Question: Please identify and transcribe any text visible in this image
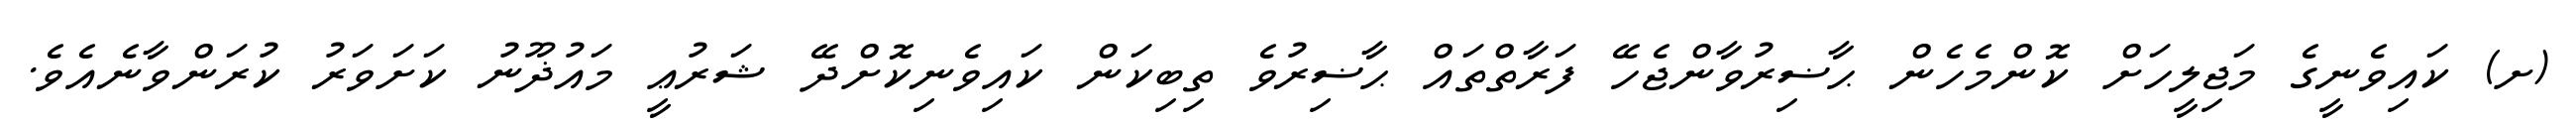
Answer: (ށ) ކައިވެނީގެ މަޖިލީހަށް ކޮންމެހެން ޙާޟިރުވާންޖެހޭ ފަރާތްތައް ޙާޟިރުވެ ތިބިކަން ކައިވެނިކޮށްދޭ ޝަރުޢީ މައުޛޫނު ކަށަވަރު ކުރަންވާނެއެވެ.